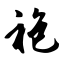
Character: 袍